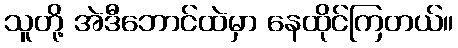
သူတို့ အဲဒီဘောင်ထဲမှာ နေထိုင်ကြတယ်။